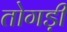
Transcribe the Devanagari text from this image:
तोगड़ी